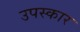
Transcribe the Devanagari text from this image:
उपस्‍कार